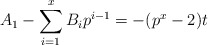
\begin{align*}A_1 - \sum_{i=1}^x B_i p^{i-1}= -(p^x-2) t\end{align*}